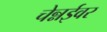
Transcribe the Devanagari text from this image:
चेन्नईवर